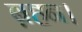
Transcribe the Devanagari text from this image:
ब़हन।